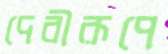
দেবীরূপে